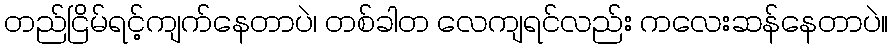
တည်ငြိမ်ရင့်ကျက်နေတာပဲ၊ တစ်ခါတ လေကျရင်လည်း ကလေးဆန်နေတာပဲ။